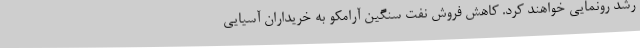
رشد رونمایی خواهند کرد. کاهش فروش نفت سنگین آرامکو به خریداران آسیایی